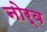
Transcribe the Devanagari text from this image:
नोर्व